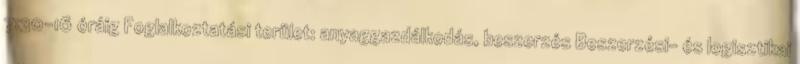
7:30-16 óráig Foglalkoztatási terület: anyaggazdálkodás, beszerzés Beszerzési- és logisztikai